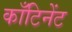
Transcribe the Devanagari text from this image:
काँटिनेंट